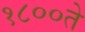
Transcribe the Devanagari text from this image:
१८००ते